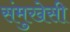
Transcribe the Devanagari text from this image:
संमुखेसी